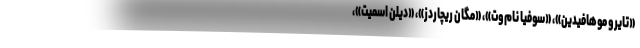
«تایرو موهافیدین»، «سوفیا نام‌وت»، «مگان ریچاردز»، «دیلن اسمیت»،